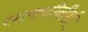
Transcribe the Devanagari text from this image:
ताकदीनीशी